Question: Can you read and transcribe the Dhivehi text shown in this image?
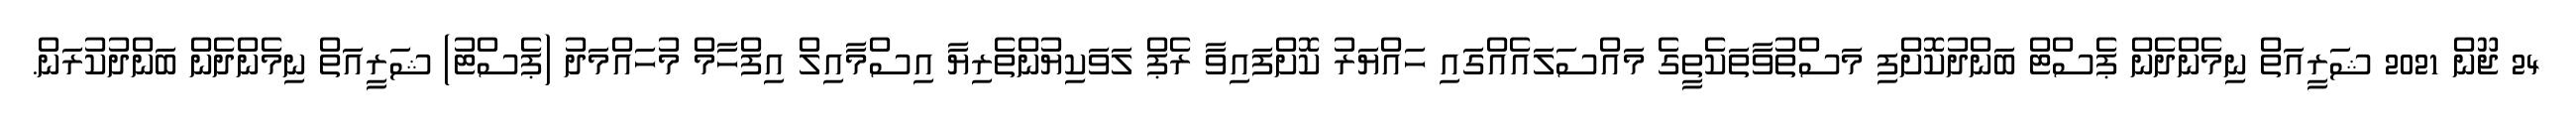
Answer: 24 ޖޫން 2021 ޝަރީއަތް ނިމެންދެން ޕެސްޓް ބަންދުކޮށްފި މަސްތުވާތަކެތީގެ މައްސަލައެއްގައި ހައްޔަރު ކޮށްފައިވާ ރެޕް ލަވަކިޔުންތެރިޔާ އިސްމާއިލް އިފްހާމް މުހައްމަދު (ޕެސްޓު) ޝަރީއަތް ނިމެންދެން ބަންދުކުރަން.